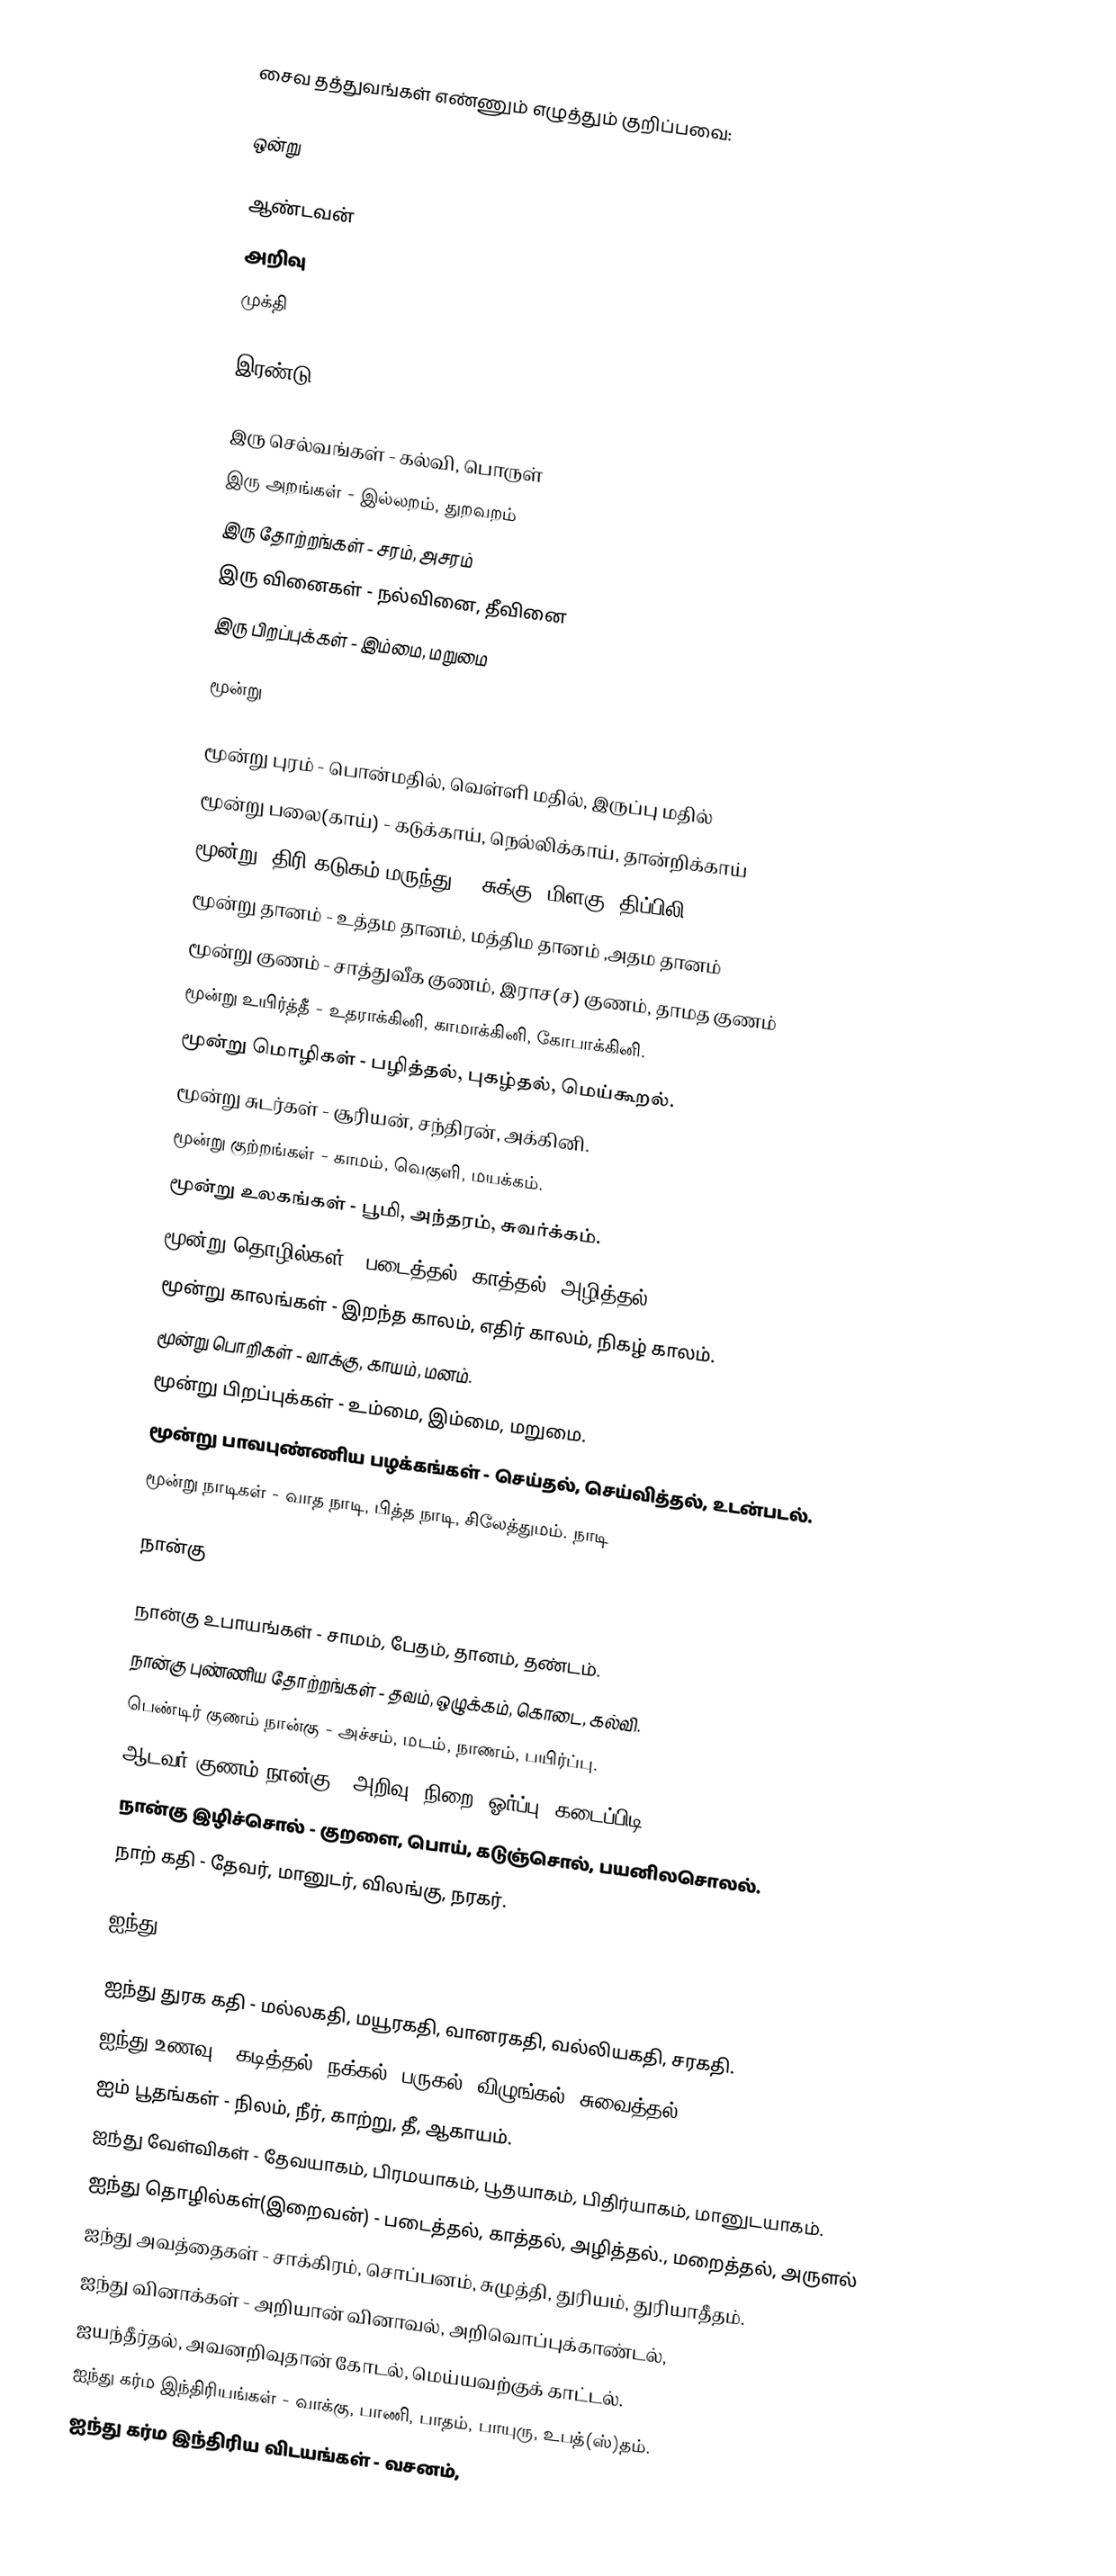
சைவ தத்துவங்கள் எண்ணும் எழுத்தும் குறிப்பவை:

ஒன்று

ஆண்டவன்
அறிவு
முக்தி

இரண்டு

இரு செல்வங்கள் - கல்வி, பொருள்
இரு அறங்கள் - இல்லறம், துறவறம்
இரு தோற்றங்கள் - சரம், அசரம்
இரு வினைகள் - நல்வினை, தீவினை
இரு பிறப்புக்கள் - இம்மை, மறுமை

மூன்று

மூன்று புரம் - பொன்மதில், வெள்ளி மதில், இருப்பு மதில்
மூன்று பலை(காய்) - கடுக்காய், நெல்லிக்காய், தான்றிக்காய்
மூன்று (திரி)கடுகம்(மருந்து) - சுக்கு, மிளகு, திப்பிலி
மூன்று தானம் - உத்தம தானம், மத்திம தானம் ,அதம தானம்
மூன்று குணம் - சாத்துவீக குணம், இராச(ச) குணம், தாமத குணம்
மூன்று உயிர்த்தீ - உதராக்கினி, காமாக்கினி, கோபாக்கினி.
மூன்று மொழிகள் - பழித்தல், புகழ்தல், மெய்கூறல்.
மூன்று சுடர்கள் - சூரியன், சந்திரன், அக்கினி.
மூன்று குற்றங்கள் - காமம், வெகுளி, மயக்கம்.
மூன்று உலகங்கள் - பூமி, அந்தரம், சுவர்க்கம்.
மூன்று தொழில்கள் - படைத்தல், காத்தல், அழித்தல்.
மூன்று காலங்கள் - இறந்த காலம், எதிர் காலம், நிகழ் காலம்.
மூன்று பொறிகள் - வாக்கு, காயம், மனம்.
மூன்று பிறப்புக்கள் - உம்மை, இம்மை, மறுமை.
மூன்று பாவபுண்ணிய பழக்கங்கள் - செய்தல், செய்வித்தல், உடன்படல்.
மூன்று நாடிகள் - வாத நாடி, பித்த நாடி, சிலேத்துமம். நாடி

நான்கு

நான்கு உபாயங்கள் - சாமம், பேதம், தானம், தண்டம்.
நான்கு புண்ணிய தோற்றங்கள் - தவம், ஒழுக்கம், கொடை, கல்வி.
பெண்டிர் குணம் நான்கு - அச்சம், மடம், நாணம், பயிர்ப்பு.
ஆடவர் குணம் நான்கு - அறிவு, நிறை, ஓர்ப்பு, கடைப்பிடி
நான்கு இழிச்சொல் - குறளை, பொய், கடுஞ்சொல், பயனிலசொலல்.
நாற் கதி - தேவர், மானுடர், விலங்கு, நரகர்.

ஐந்து

ஐந்து துரக கதி - மல்லகதி, மயூரகதி, வானரகதி, வல்லியகதி, சரகதி.
ஐந்து உணவு - கடித்தல், நக்கல், பருகல், விழுங்கல், சுவைத்தல்.
ஐம் பூதங்கள் - நிலம், நீர், காற்று, தீ, ஆகாயம்.
ஐந்து வேள்விகள் - தேவயாகம், பிரமயாகம், பூதயாகம், பிதிர்யாகம், மானுடயாகம்.
ஐந்து தொழில்கள்(இறைவன்) - படைத்தல், காத்தல், அழித்தல்., மறைத்தல், அருளல்
ஐந்து அவத்தைகள் - சாக்கிரம், சொப்பனம், சுழுத்தி, துரியம், துரியாதீதம்.
ஐந்து வினாக்கள் - அறியான் வினாவல், அறிவொப்புக்காண்டல்,
ஐயந்தீர்தல், அவனறிவுதான் கோடல், மெய்யவற்குக் காட்டல்.
ஐந்து கர்ம இந்திரியங்கள் - வாக்கு, பாணி, பாதம், பாயுரு, உபத்(ஸ்)தம்.
ஐந்து கர்ம இந்திரிய விடயங்கள் - வசனம்,